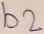
Text: b2